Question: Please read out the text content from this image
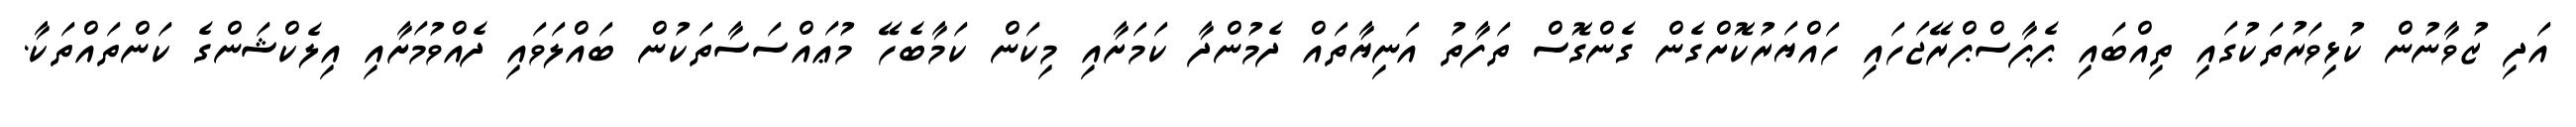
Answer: އަދި ޒުވާނުން ކުޅިވަރުތަކުގައި ތިއްބައި ޕެޕާސްޕްރޭޖަހައި ހައްޔަރުކޮށްގެން ގެންގޮސް ތަފާތު އަނިޔާތައް ދެމުންދާ ކަމަށާއި މިކަން ކަމާބެހޭ މުޢައްސަސާތަކުން ބައްލަވައި ދެއްވުމަށާއި އިލެކްޝަންގެ ކަންތައްތަކާ.